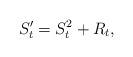
LaTeX: \begin{align*} S^{\prime}_{t} = S^{2}_{t} + R_t, \end{align*}